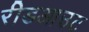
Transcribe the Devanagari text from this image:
रीडआउट